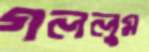
গললুম